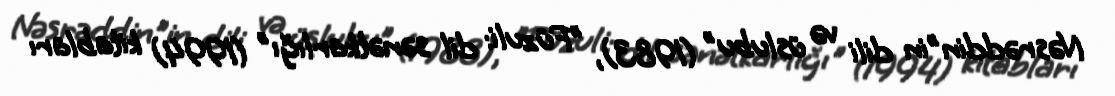
Nəsrəddin"in dili və üslubu" (1983), "Füzuli: dil sənətkarlığı" (1994) kitabları